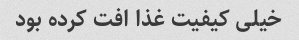
خیلی کیفیت غذا افت کرده بود